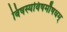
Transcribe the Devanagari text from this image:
विषस्यविषमौषधम्‌